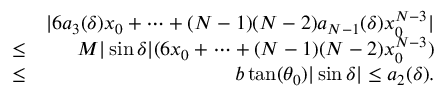
\begin{array} { r l r } & { } & { | 6 a _ { 3 } ( \delta ) x _ { 0 } + \cdots + ( N - 1 ) ( N - 2 ) a _ { N - 1 } ( \delta ) x _ { 0 } ^ { N - 3 } | } \\ & { \leq } & { M | \sin \delta | ( 6 x _ { 0 } + \cdots + ( N - 1 ) ( N - 2 ) x _ { 0 } ^ { N - 3 } ) } \\ & { \leq } & { b \tan ( \theta _ { 0 } ) | \sin \delta | \leq a _ { 2 } ( \delta ) . } \end{array}